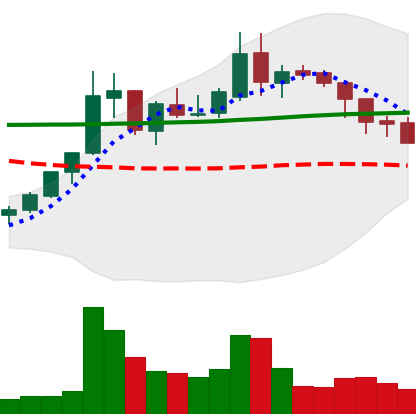
Ticker: XLM-USD
Chart end date: 2018-08-02
Forward return: -11.685%
Label: down_7plus